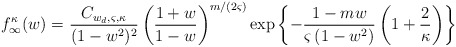
\begin{align*}f^{\kappa}_\infty(w)=&~\frac{C_{w_d,\varsigma,\kappa}}{(1-w^2)^2}\left(\frac{1+w}{1-w}\right)^{m/(2\varsigma)}\exp\left\{-\frac{1-m w}{\varsigma\left(1-w^2\right)}\left(1+\frac{2}{\kappa}\right)\right\}\end{align*}